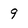
Character: 9